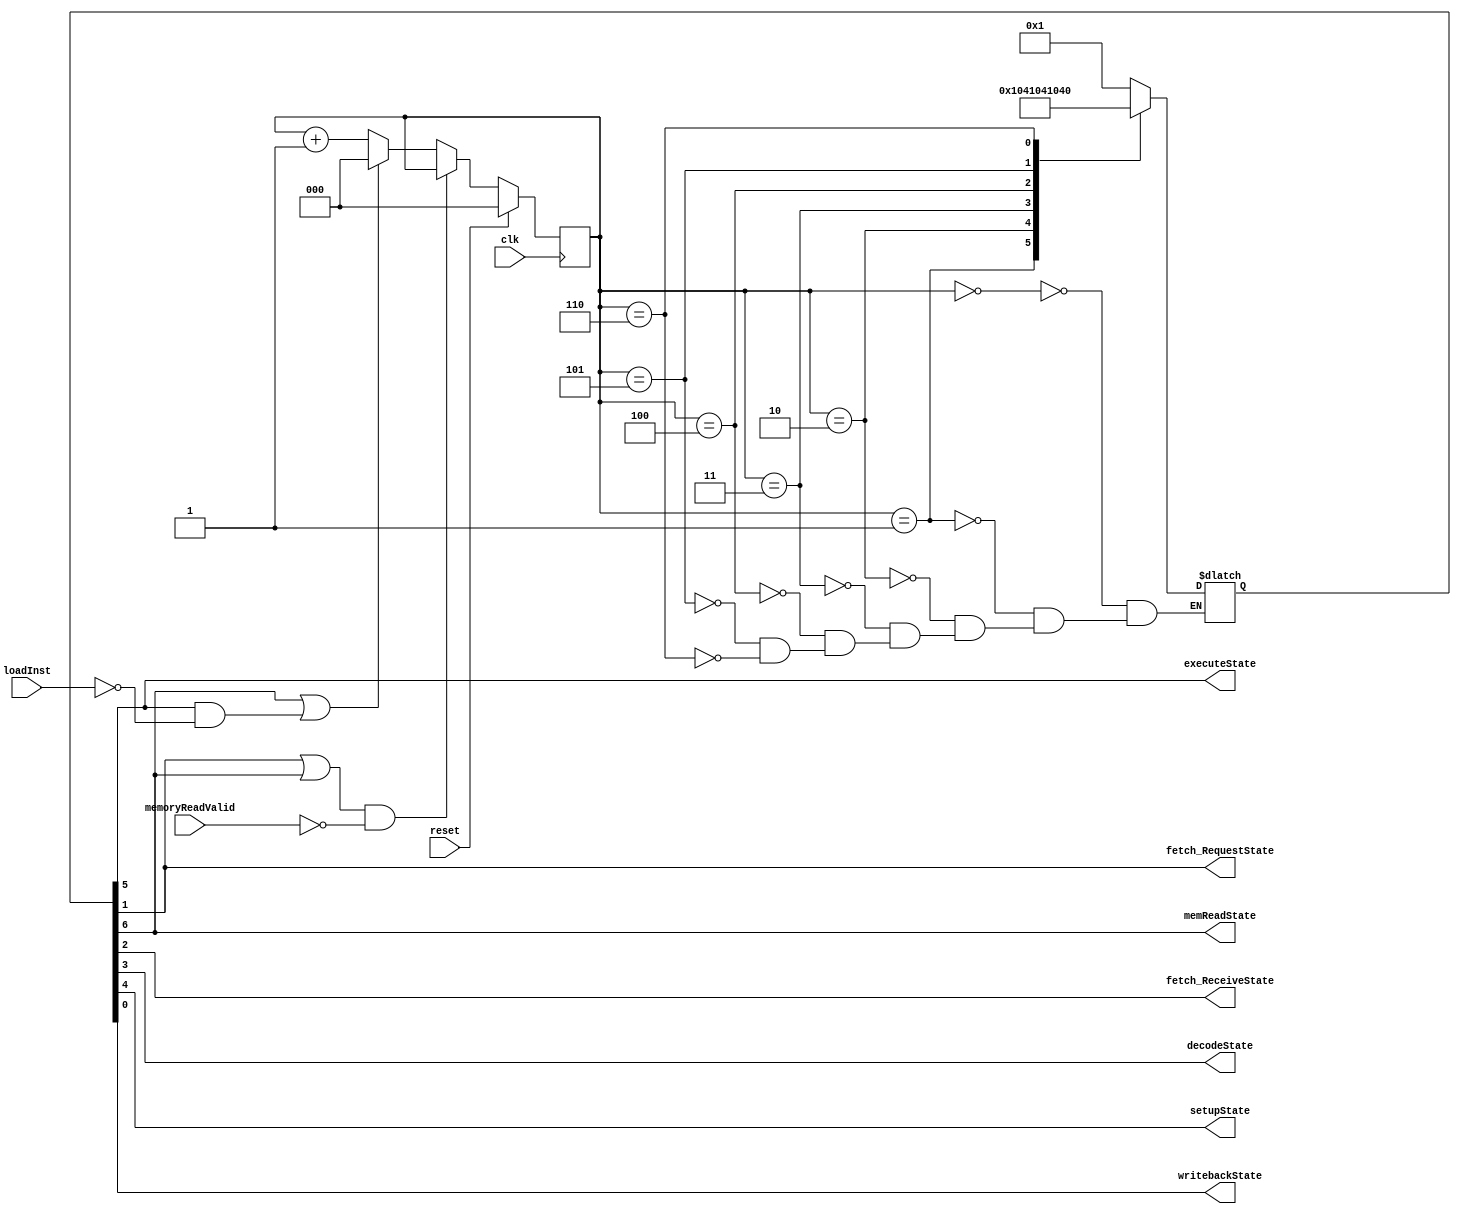


module pipelineStateController (
	//Inputs
	input clk,
	input reset,

	input loadInst,
	input memoryReadValid,

	//Outputs
	output wire fetch_RequestState,
	output wire fetch_ReceiveState,
	output wire decodeState,
	output wire setupState,
	output wire executeState,
	output wire memReadState,
	output wire writebackState
	);

	reg [2:0] pipelineState;

	reg [6:0] stateDecoderOutput;
	assign writebackState = stateDecoderOutput[0];
	assign fetch_RequestState = stateDecoderOutput[1];
	assign fetch_ReceiveState = stateDecoderOutput[2];
	assign decodeState = stateDecoderOutput[3];
	assign setupState = stateDecoderOutput[4];
	assign executeState = stateDecoderOutput[5];
	assign memReadState = stateDecoderOutput[6];

	//Logic
	always @ (posedge clk) begin : stateControl
		if (reset) begin
			//reset
			pipelineState <= 0;
		end else begin
			//Increment pipeline from 0 to 6
			if ((fetch_RequestState || memReadState) && ~memoryReadValid) pipelineState <= pipelineState;
			else if ((memReadState) || (executeState && ~loadInst))	pipelineState <= 0; //skip memRead state if not required
			else pipelineState <= pipelineState + 1;
		end
	end

	always @(*) begin : stateDecoder_proc
		//Pipeline state decoder
		case (pipelineState)
			0 : stateDecoderOutput = 7'b0000001;
			1 : stateDecoderOutput = 7'b0000010;
			2 : stateDecoderOutput = 7'b0000100;
			3 : stateDecoderOutput = 7'b0001000;
			4 : stateDecoderOutput = 7'b0010000;
			5 : stateDecoderOutput = 7'b0100000;
			6 : stateDecoderOutput = 7'b1000000;
		endcase // pipelineState
	end

endmodule //pipelineStateController